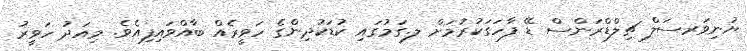
ޔުނިވަރސަލް ޗިލްޑްރަންސް ޑޭ ފާހަގަކުރުމަށް ލ.ގަމުގައި ކުޑަކުދިންގެ ހަވީރެއް ބާއްވައިފިއެވެ. މިއަދު ހަވީރު